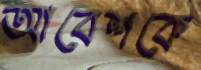
আবেশকে